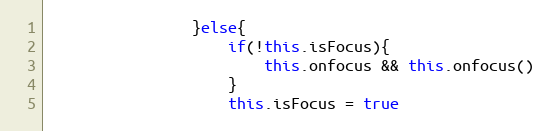
Language: JavaScript
                }else{
                    if(!this.isFocus){
                        this.onfocus && this.onfocus()
                    }
                    this.isFocus = true